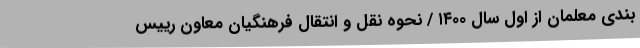
بندی معلمان از اول سال ۱۴۰۰ / نحوه نقل و انتقال فرهنگیان ‌‌معاون رییس